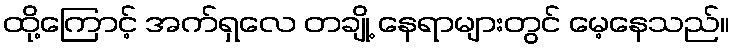
ထို့ကြောင့် အက်ရှလေ တချို့ နေရာများတွင် မေ့နေသည်။